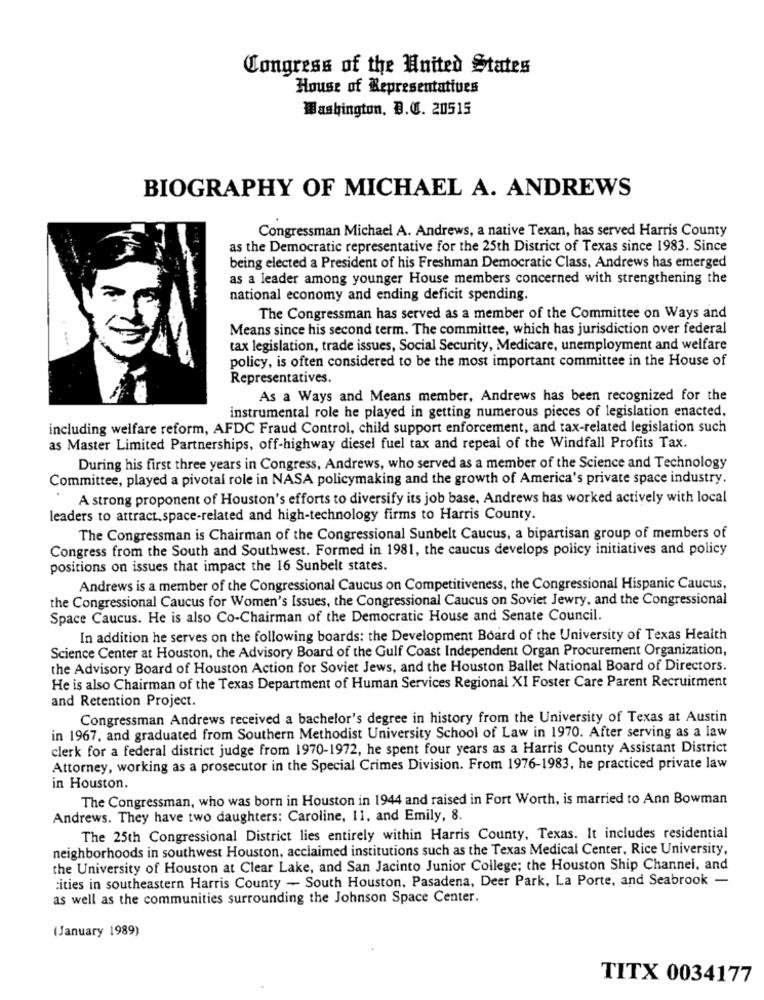
Congress of the United States
House of Representatives
Washington, B.C. 20515
BIOGRAPHY OF MICHAEL A. ANDREWS
Congressman Michael A. Andrews, a native Texan, has served Harris County
as the Democratic representative for the 25th District of Texas since 1983. Since
being elected a President of his Freshman Democratic Class, Andrews has emerged
as a leader among younger House members concerned with strengthening the
national economy and ending deficit spending.
The Congressman has served as a member of the Committee on Ways and
Means since his second term. The committee, which has jurisdiction over federal
tax legislation, trade issues, Social Security, Medicare, unemployment and welfare
policy, is often considered to be the most important committee in the House of
Representatives.
As a Ways and Means member, Andrews has been recognized for the
instrumental role he played in getting numerous pieces of legislation enacted.
including welfare reform, AFDC Fraud Control, child support enforcement, and tax-related legislation such
as Master Limited Partnerships, off-highway diesel fuel tax and repeal of the Windfall Profits Tax.
During his first three years in Congress, Andrews, who served as a member of the Science and Technology
Committee, played a pivotal role in NASA policymaking and the growth of America's private space industry.
A strong proponent of Houston's efforts to diversify its job base, Andrews has worked actively with local
leaders to attract.space-related and high-technology firms to Harris County.
The Congressman is Chairman of the Congressional Sunbelt Caucus, a bipartisan group of members of
Congress from the South and Southwest. Formed in 1981, the caucus develops policy initiatives and policy
positions on issues that impact the 16 Sunbelt states.
Andrews is a member of the Congressional Caucus on Competitiveness, the Congressional Hispanic Caucus,
the Congressional Caucus for Women's Issues, the Congressional Caucus on Soviet Jewry, and the Congressional
Space Caucus. He is also Co-Chairman of the Democratic House and Senate Council.
In addition he serves on the following boards: the Development Board of the University of Texas Health
Science Center at Houston, the Advisory Board of the Gulf Coast Independent Organ Procurement Organization,
the Advisory Board of Houston Action for Soviet Jews, and the Houston Ballet National Board of Directors.
He is also Chairman of the Texas Department of Human Services Regional XI Foster Care Parent Recruitment
and Retention Project.
Congressman Andrews received a bachelor's degree in history from the University of Texas at Austin
in 1967, and graduated from Southern Methodist University School of Law in 1970. After serving as a law
clerk for a federal district judge from 1970-1972, he spent four years as a Harris County Assistant District
Attorney, working as a prosecutor in the Special Crimes Division. From 1976-1983, he practiced private law
in Houston.
The Congressman, who was born in Houston in 1944 and raised in Fort Worth, is married to Ann Bowman
Andrews. They have two daughters: Caroline, 11, and Emily, 8.
The 25th Congressional District lies entirely within Harris County, Texas. It includes residential
neighborhoods in southwest Houston, acclaimed institutions such as the Texas Medical Center, Rice University,
the University of Houston at Clear Lake, and San Jacinto Junior College; the Houston Ship Channel, and
cities in southeastern Harris County - South Houston, Pasadena, Deer Park, La Porte, and Seabrook -
as well as the communities surrounding the Johnson Space Center.
(January 1989)
TITX 0034177